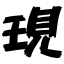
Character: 現